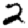
Digit: 2